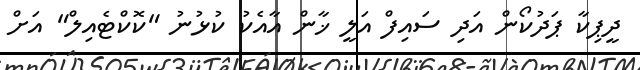
ދީޕިކާ ޕަދުކޯން އަދި ސައިފް އަލީ ޚާން އާއެކު ކުޅުނު "ކޮކްޓެއިލް" އަށް